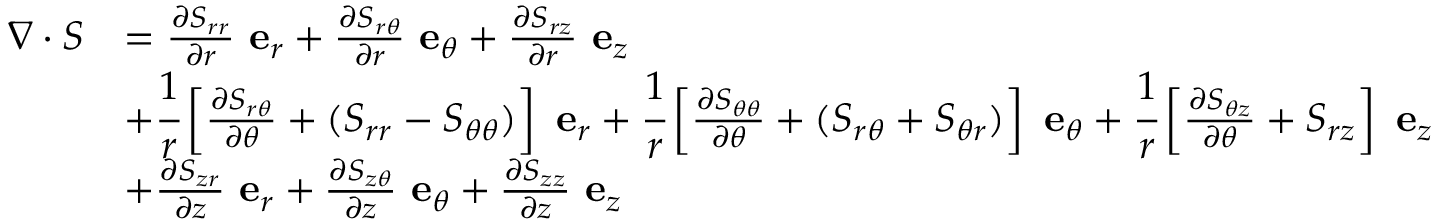
{ \begin{array} { r l } { { \boldsymbol { \nabla } } \cdot { \boldsymbol { S } } } & { = { \frac { \partial S _ { r r } } { \partial r } } ~ \mathbf { e } _ { r } + { \frac { \partial S _ { r \theta } } { \partial r } } ~ \mathbf { e } _ { \theta } + { \frac { \partial S _ { r z } } { \partial r } } ~ \mathbf { e } _ { z } } \\ & { + { \cfrac { 1 } { r } } \left[ { \frac { \partial S _ { r \theta } } { \partial \theta } } + ( S _ { r r } - S _ { \theta \theta } ) \right] ~ \mathbf { e } _ { r } + { \cfrac { 1 } { r } } \left[ { \frac { \partial S _ { \theta \theta } } { \partial \theta } } + ( S _ { r \theta } + S _ { \theta r } ) \right] ~ \mathbf { e } _ { \theta } + { \cfrac { 1 } { r } } \left[ { \frac { \partial S _ { \theta z } } { \partial \theta } } + S _ { r z } \right] ~ \mathbf { e } _ { z } } \\ & { + { \frac { \partial S _ { z r } } { \partial z } } ~ \mathbf { e } _ { r } + { \frac { \partial S _ { z \theta } } { \partial z } } ~ \mathbf { e } _ { \theta } + { \frac { \partial S _ { z z } } { \partial z } } ~ \mathbf { e } _ { z } } \end{array} }